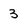
Character: 3